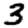
Digit: 3